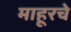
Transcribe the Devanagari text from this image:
माहूरचे